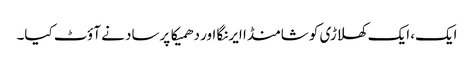
ایک، ایک کھلاڑی کو شامنڈا ایرنگا اور دھمیکا پرساد نے آؤٹ کیا۔